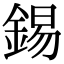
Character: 錫